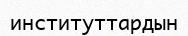
институттардын